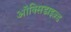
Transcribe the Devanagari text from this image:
ऑक्सिडाइज़्ड